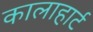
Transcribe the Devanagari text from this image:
कालाहार्ट